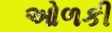
ઓળકી